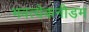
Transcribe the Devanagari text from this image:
भवत्येकनीडम